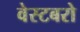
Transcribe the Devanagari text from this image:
वेस्टबरो